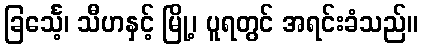
ခြင်္သေ့၊ သီဟနှင့် မြို့၊ ပူရတွင် အရင်းခံသည်။